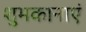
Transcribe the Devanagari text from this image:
शुभकानाएं